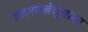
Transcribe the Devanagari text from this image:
जनगणनेनुसारर